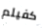
كفيلم